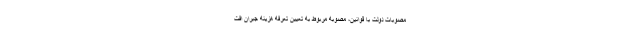
مصوبات دولت با قوانین، مصوبه مربوط به تعیین تعرفه هزینه جبران افت